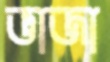
ভাজা